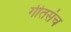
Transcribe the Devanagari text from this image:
गीतसंच